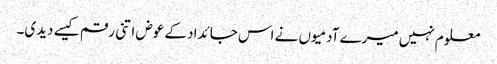
معلوم نہیں میرے آدمیوں نے اس جائداد کے عوض اتنی رقم کیسے دیدی۔